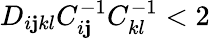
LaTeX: D_{i\mathbf{j}kl}C_{i\mathbf{j}}^{-1}C_{kl}^{-1}<2